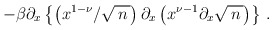
\begin{align*}-\beta\partial_x\left\{\left(x^{1-\nu}/\sqrt{\, n\,}\right) \partial_x \left(x^{\nu-1}\partial_x \sqrt{\, n\,} \right)\right\}\,.\end{align*}